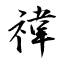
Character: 禕